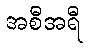
အစီအရီ